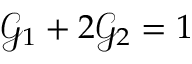
\mathcal { G } _ { 1 } + 2 \mathcal { G } _ { 2 } = 1